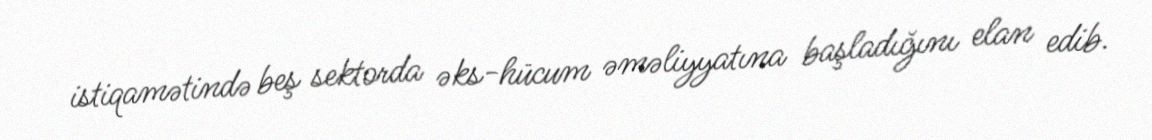
istiqamətində beş sektorda əks-hücum əməliyyatına başladığını elan edib.